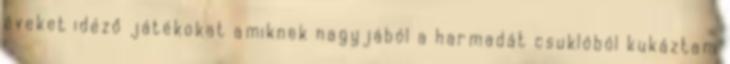
éveket idéző játékokat amiknek nagyjából a harmadát csuklóból kukáztam